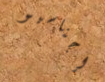
إجناسيو